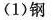
(1) 钢